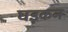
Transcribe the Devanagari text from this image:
घड़कन